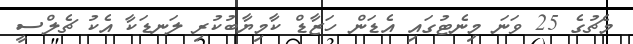
މެޗުގެ 25 ވަނަ މިނެޓުގައި އެޑަން ހަޒާޑް ކާމިޔާބުކުރި ލަނޑަކާ އެކު ޗެލްސީ